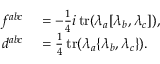
\begin{array} { r l } { f ^ { a b c } } & { { } = - { \frac { 1 } { 4 } } i \operatorname { t r } ( \lambda _ { a } [ \lambda _ { b } , \lambda _ { c } ] ) , } \\ { d ^ { a b c } } & { { } = { \frac { 1 } { 4 } } \operatorname { t r } ( \lambda _ { a } \{ \lambda _ { b } , \lambda _ { c } \} ) . } \end{array}